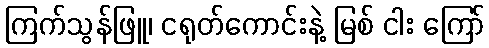
ကြက်သွန်ဖြူ၊ ငရုတ်ကောင်းနဲ့ မြစ် ငါး ကြော်